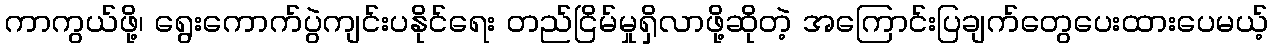
ကာကွယ်ဖို့၊ ရွေးကောက်ပွဲကျင်းပနိုင်ရေး တည်ငြိမ်မှုရှိလာဖို့ဆိုတဲ့ အကြောင်းပြချက်တွေပေးထားပေမယ့်